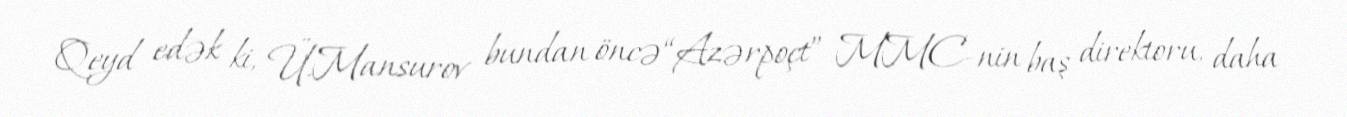
Qeyd edək ki, Ü.Mansurov bundan öncə “Azərpoçt” MMC-nin baş direktoru, daha